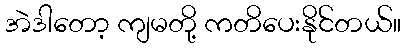
အဲဒါတော့ ကျမတို့ ကတိပေးနိုင်တယ်။